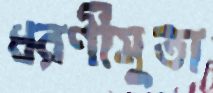
ধরণীসুতা